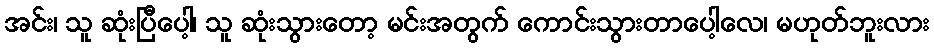
အင်း၊ သူ ဆုံးပြီပေါ့၊ သူ ဆုံးသွားတော့ မင်းအတွက် ကောင်းသွားတာပေါ့လေ၊ မဟုတ်ဘူးလား